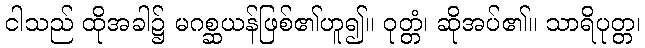
ငါသည် ထိုအခါ၌ မဂစ္ဆယန်ဖြစ်၏ဟူ၍။ ဝုတ္တံ၊ ဆိုအပ်၏။ သာရိပုတ္တ၊